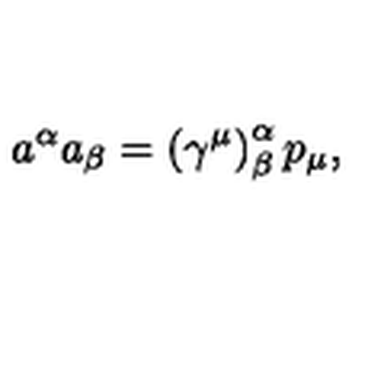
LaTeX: a ^ { \alpha } a _ { \beta } = \left( \gamma ^ { \mu } \right) _ { \beta } ^ { \alpha } p _ { \mu } ,